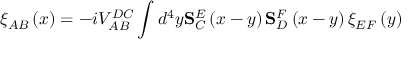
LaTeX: \xi _ { A B } \left( x \right) = - i V _ { A B } ^ { D C } \int d ^ { 4 } y \mathbf { S } _ { C } ^ { E } \left( x - y \right) \mathbf { S } _ { D } ^ { F } \left( x - y \right) \xi _ { E F } \left( y \right)